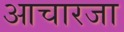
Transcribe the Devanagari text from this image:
आचारजा